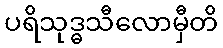
ပရိသုဒ္ဓသီလောမှီတိ